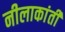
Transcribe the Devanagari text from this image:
नीलाकांती